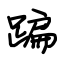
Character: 蹁